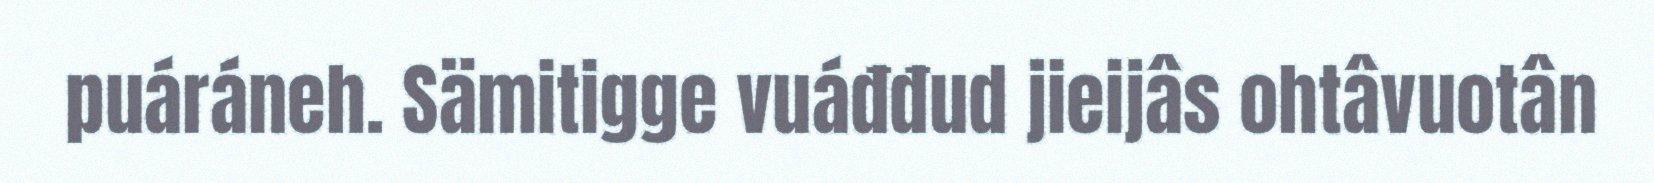
puáráneh. Sämitigge vuáđđud jieijâs ohtâvuotân